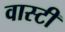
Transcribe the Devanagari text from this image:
वास्टी